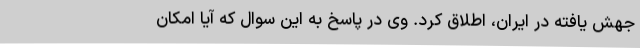
جهش یافته در ایران، اطلاق کرد. وی در پاسخ به این سوال که آیا امکان